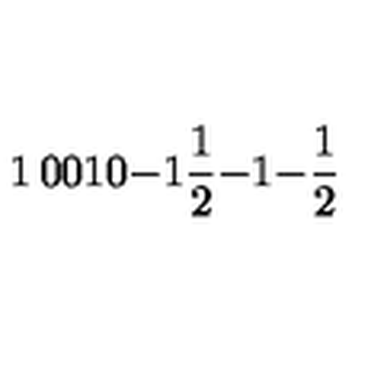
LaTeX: \begin{matrix} { 1 } & { 0 } & { 0 } \\ { 1 } & { 0 } & { - 1 } \\ { { \frac { 1 } { 2 } } } & { - 1 } & { - { \frac { 1 } { 2 } } } \\ \end{matrix}